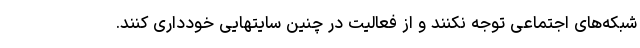
شبکه‌های اجتماعی توجه نکنند و از فعالیت در چنین سایتهایی خودداری کنند.